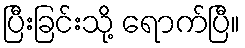
ပြီးခြင်းသို့ ရောက်ပြီ။